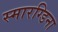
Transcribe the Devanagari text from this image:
स्मारग्डिना